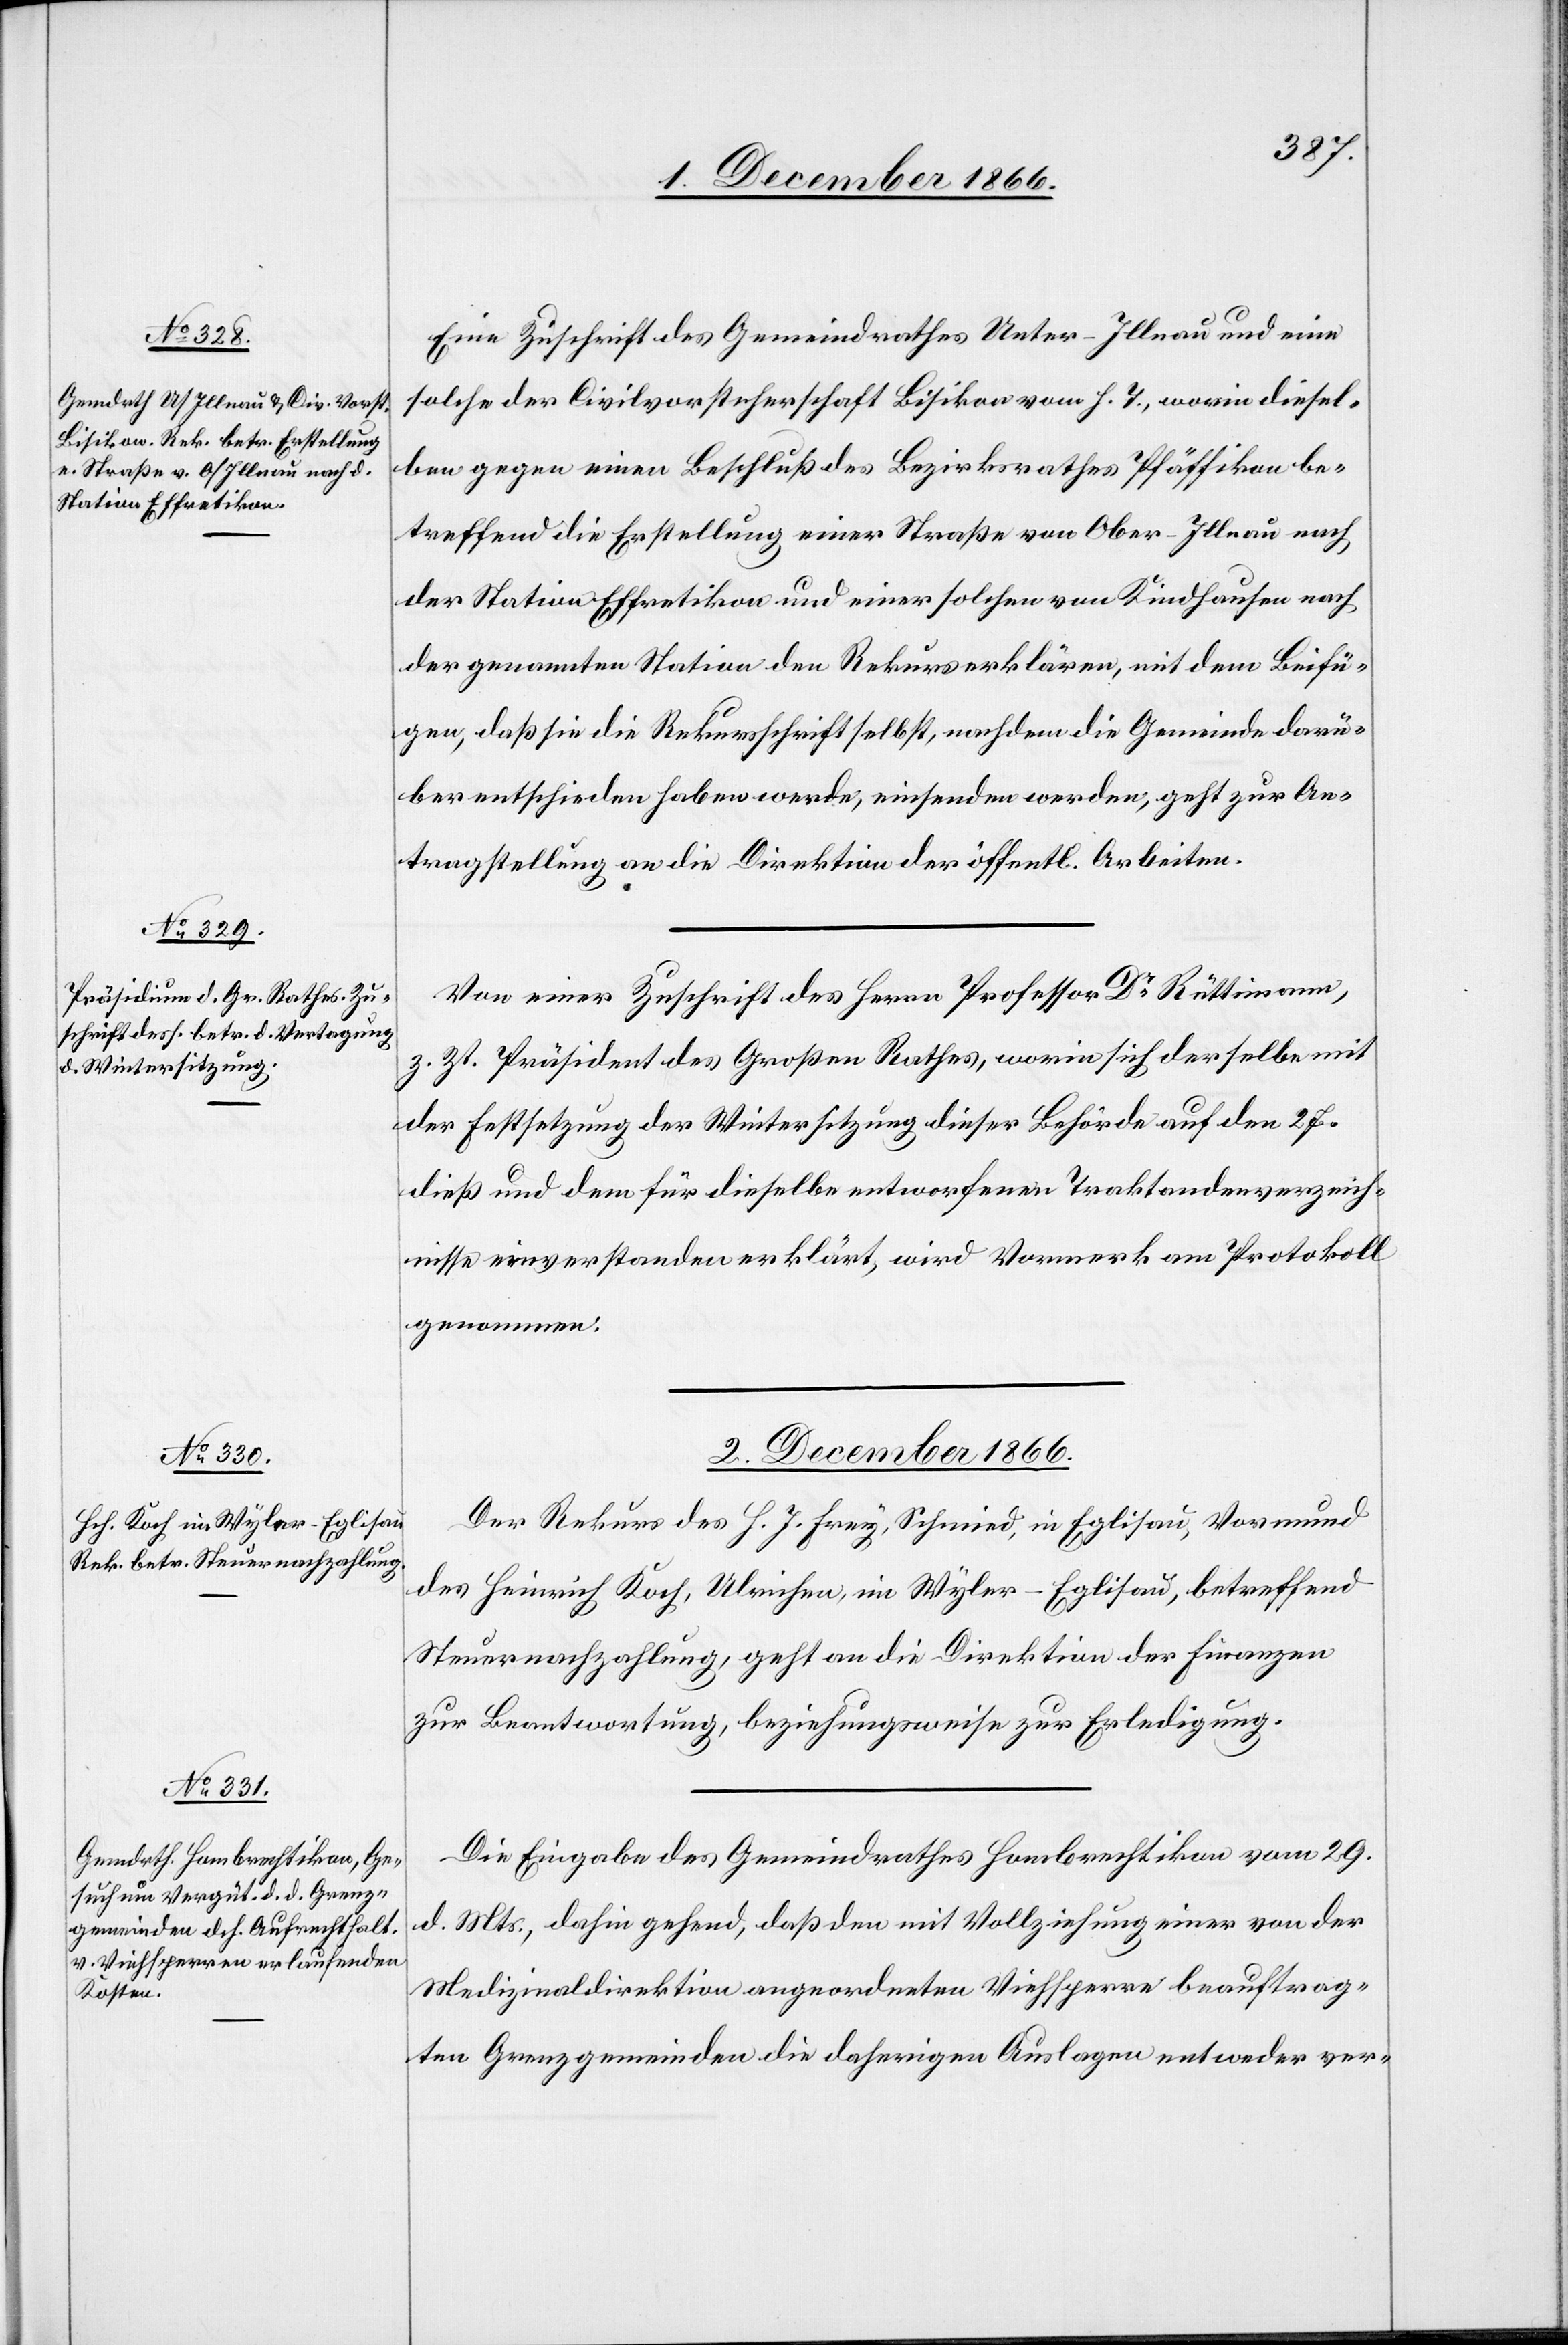
Eine Zuschrift des Gemeindrathes Unter-Illnau und eine
solche der Civilvorsteherschaft Bisikon vom h. T., worin diesel¬
ben gegen einen Beschluß des Bezirksrathes Pfäffikon be¬
treffend die Erstellung einer Straße von Ober-Illnau nach
der Station Effretikon und einer solchen von Kindhausen nach
der genannten Station den Rekurs erklären, mit dem Beifü¬
gen, daß sie die Rekursschrift selbst, nachdem die Gemeinde darü¬
ber entschieden haben werde, einsenden werden, geht zur An¬
tragstellung an die Direktion der öffentl. Arbeiten.
Von einer Zuschrift des Herrn Professor Dr. Rüttimann,
z. Zt. Präsident des Großen Rathes, worin sich derselbe mit
der Festsetzung der Wintersitzung dieser Behörde auf den 27.
dieß und dem für dieselbe entworfenen Traktandenverzeich¬
nisse einverstanden erklärt, wird Vormerk am Protokoll
genommen.
2. Dezember 1866.]
Der Rekurs des H. J. Frey, Schmid, in Eglisau, Vormund
des Heinrich Koch, Ulrichen, im Wyler-Eglisau, betreffend
Steuernachzahlung, geht an die Direktion der Finanzen
zur Beantwortung, beziehungsweise zur Erledigung.
Die Eingabe des Gemeindrathes Hombrechtikon vom 29.
d. Mts., dahin gehend, daß den mit Vollziehung einer von der
Medizinaldirektion angeordneten Viehsperre beauftrag¬
ten Grenzgemeinden die daherigen Auslagen entweder ver-